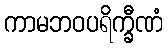
ကာမဘဝပရိက္ခီဏံ